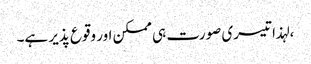
، لہذا تیسری صورت ہی ممکن اور وقوع پذیر ہے۔